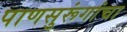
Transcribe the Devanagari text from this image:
पाणसुरूंगांचा